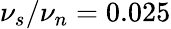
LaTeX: \nu_{s}/\nu_{n}=0.025